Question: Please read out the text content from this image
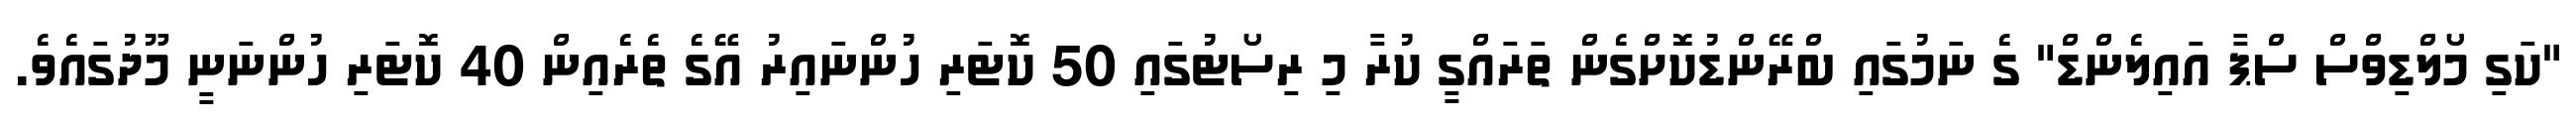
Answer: "ކަގި މޯލްޑިވްސް ސްޕާ އައިލެންޑް" ގެ ނަމުގައި ބްރޭންޑުކޮށްގެން ތަރައްގީ ކުރާ މި ރިސޯޓުގައި 50 ކޮޓަރި ހުންނައިރު އޭގެ ތެރެއިން 40 ކޮޓަރި ހުންނަނީ މޫދުގައެވެ.